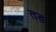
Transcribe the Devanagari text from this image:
तङ